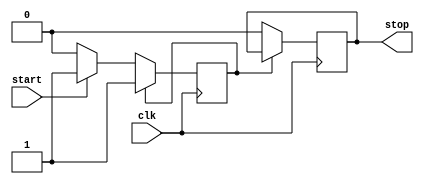
`timescale 1ns/100ps

module W0RM_Static_Timer #(
  parameter LOAD  = 0,
  parameter LIMIT = 2
)(
  input wire    clk,
  input wire    start,
  output wire   stop
);
  // log base 2 function
  function integer log2(input integer n);
	integer i, j;
    begin
		i = 1;
		j = 0;
      //integer i = 1, j = 0;
      while (i < n)
      begin
        j = j + 1;
        i = i << 1;
      end
		log2 = j;
    end
  endfunction
  
  localparam TIMER_BITS = log2(LIMIT);
  
  reg [TIMER_BITS-1:0]  timer   = 0;
  reg                   go      = 0;
  reg                   stop_r  = 0;
  
  always @(posedge clk)
  begin
    if (go)
    begin
      if (timer == LIMIT)
      begin
        timer   <= 0;
        go      <= 0;
        stop_r  <= 1;
      end
      else
      begin
        timer <= timer + 1;
      end
    end
    else if (start)
    begin
      timer   <= LOAD;
      go      <= 1;
      stop_r  <= 0;
    end
    else
    begin
      go      <= 0;
      timer   <= 0;
      stop_r  <= 0;
    end
  end
  
  assign stop = stop_r;
endmodule